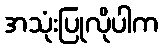
အသုံးပြုလိုပါက